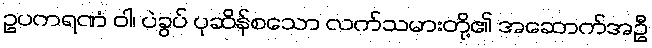
ဥပကရဏံ ဝါ၊ ပဲခွပ် ပုဆိန်စသော လက်သမားတို့၏ အဆောက်အဦ